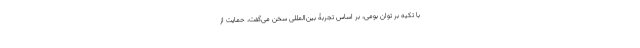
با تکیه بر توان بومی، بر اساس تجربۀ بین‌المللی سخن می‌گفت، حمایت از